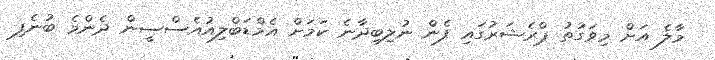
މާލެ އަށް މިވަގުތު ޕްރެޝަރުގައި ފެން ނުލިިބިދާނެ ކަަމަށް އެމްޑަބްލިއުއެސްސީން ދެންމެ ބުނެފި